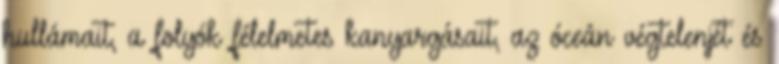
hullámait, a folyók félelmetes kanyargásait, az óceán végtelenjét és